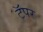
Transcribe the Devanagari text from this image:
टॅपर